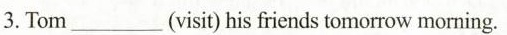
3. Tom___(visit) his friends tomorrow morning.